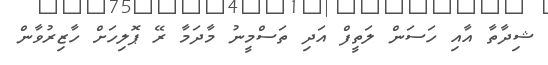
ޝިދާތާ އާއި ހަސަން ލަތީފް އަދި ތަސްމީނު މާދަމާ ރޭ ޕޮލިހަށް ހާޒިރުވާން